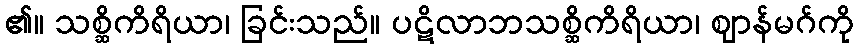
၏။ သစ္ဆိကိရိယာ၊ ခြင်းသည်။ ပဋိလာဘသစ္ဆိကိရိယာ၊ ဈာန်မဂ်ကို